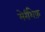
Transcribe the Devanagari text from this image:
मेर्रीशेफ़